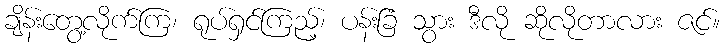
ချိန်းတွေ့လိုက်ကြ၊ ရုပ်ရှင်ကြည့်၊ ပန်းခြံ သွား ဒီလို ဆိုလိုတာလား ဇင်။